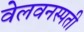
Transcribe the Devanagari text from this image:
वेलवनस्पती